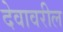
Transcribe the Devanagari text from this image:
देवावरील